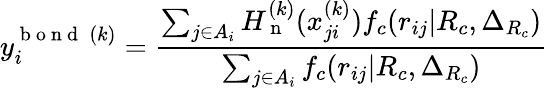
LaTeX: y_{i}^{\mathrm{~b~o~n~d~}\: (k)}=\frac{\sum_{j\in A_{i}}H_{\mathrm{~n~}}^{(k)}(x_{ji}^{(k)})f_{c}(r_{ij}|R_{c},\Delta_{R_{c}})}{\sum_{j\in A_{i}}f_{c}(r_{ij}|R_{c},\Delta_{R_{c}})}